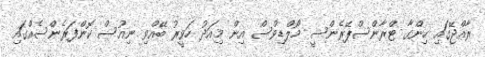
ރާއްޖޭގައި ހިންގާ ޓްރާންސްޕޭރެންސީ މޯލްޑިވްސް އިން މިއަދު ހަވީރު ބޭއްވި ނިއުސް ކޮންފަރެންސެއްގައި